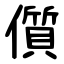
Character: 儨